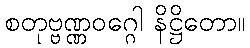
စတုဗ္ဗဏ္ဏဝဂ္ဂေါ နိဋ္ဌိတော။